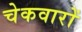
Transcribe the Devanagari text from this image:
चेकवारों